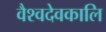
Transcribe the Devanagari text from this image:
वैश्वदेवकालि